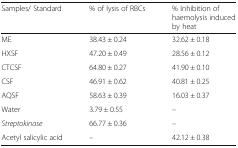
<table><thead><tr><td><b>Samples/ Standard</b></td><td><b>% of lysis of RBCs</b></td><td><b>% Inhibition of haemolysis induced by heat</b></td></tr></thead><tbody><tr><td>ME</td><td>38.43 ± 0.24</td><td>32.62 ± 0.18</td></tr><tr><td>HXSF</td><td>47.20 ± 0.49</td><td>28.56 ± 0.12</td></tr><tr><td>CTCSF</td><td>64.80 ± 0.27</td><td>41.90 ± 0.10</td></tr><tr><td>CSF</td><td>46.91 ± 0.62</td><td>40.81 ± 0.25</td></tr><tr><td>AQSF</td><td>58.63 ± 0.39</td><td>16.03 ± 0.37</td></tr><tr><td>Water</td><td>3.79 ± 0.55</td><td>–</td></tr><tr><td><i>Streptokinase</i></td><td>66.77 ± 0.36</td><td>–</td></tr><tr><td>Acetyl salicylic acid</td><td>–</td><td>42.12 ± 0.38</td></tr></tbody></table>